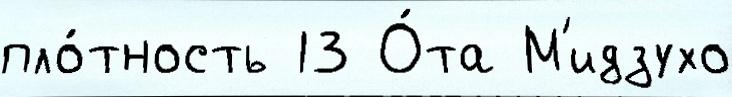
пло́тность 13 О́та М'идзухо